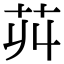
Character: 𦬥